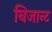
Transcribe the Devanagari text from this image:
बिजान्ट